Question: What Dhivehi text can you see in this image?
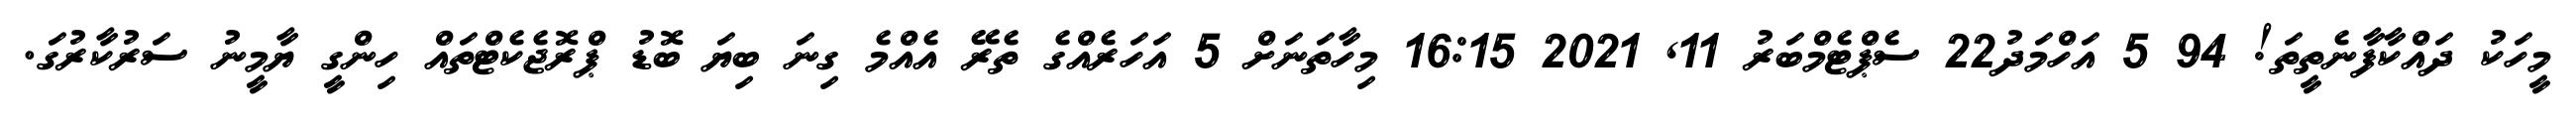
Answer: މީހަކު ދައްކާފާނެތީތަ! 94 5 އަހްމަދު22 ސެޕްޓެމްބަރު 11, 2021 16:15 މިހާތަނަށް 5 އަހަރެއްގެ ތެރޭ އެއްމެ ގިނަ ބިޔަ ބޮޑު ޕްރޮޖެކެޓްތައް ހިންގީ ޔާމީނު ސަރުކާރުގަ.